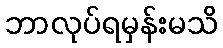
ဘာလုပ်ရမှန်းမသိ